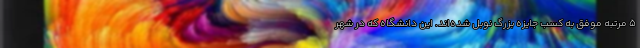
۵ مرتبه موفق به کسب جایزه بزرگ نوبل شده‌اند. این دانشگاه که در شهر